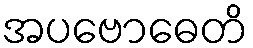
အပဗောဓေတိ